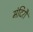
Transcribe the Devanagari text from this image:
मंदिरौं